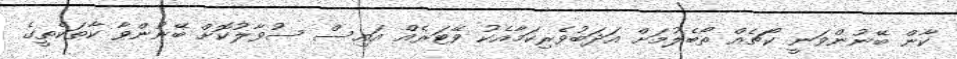
ކާން ބޭނުންވަނީ ކޯޗެއް ތޯބެލުމަށް އަދަބުވެރިކަމާއެކު ވޭޓަރެއް އައިސް ސުވާލުކޮށް ބޭނުންވާ ކާތަކެތީގެ